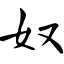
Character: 奴